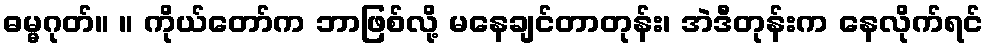
ဓမ္မဂုတ်။ ။ ကိုယ်တော်က ဘာဖြစ်လို့ မနေချင်တာတုန်း၊ အဲဒီတုန်းက နေလိုက်ရင်